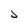
Character: J